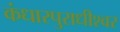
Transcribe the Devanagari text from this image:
कंधारपुराधीश्वर